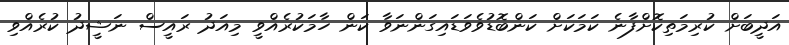
އަދީބަށް ކުރިމަތިކޮށްފާނެ ކަމަކަށް ކަންބޮޑުވެވަޑައިގަންނަވާ ކަން ހާމަކުރެއްވީ މިއަދު ރައީސް ނަޝީދު ކުރެއްވި